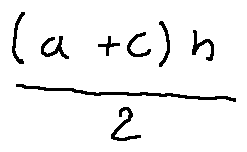
\frac { ( a + c ) h } { 2 }